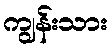
ကျွန်းသား